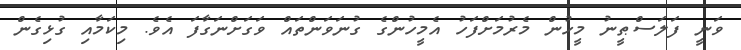
ވަނީ ފަލަސްޠީނު މީހުން މެރުމަށްފަހު އެމީހުންގެ ގުނަވަންތައް ވަގަށްނަގާފަ އެވެ. މިކަމާއި ގުޅިގެން